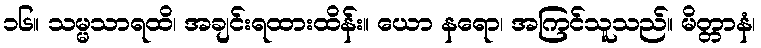
၁၆။ သမ္မသာရထိ၊ အချင်းရထားထိန်း။ ယော နရော၊ အကြင်သူသည်။ မိတ္တာနံ၊